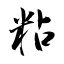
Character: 粘